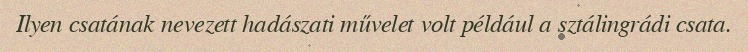
Ilyen csatának nevezett hadászati művelet volt például a sztálingrádi csata.